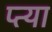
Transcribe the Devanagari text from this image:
प्त्या